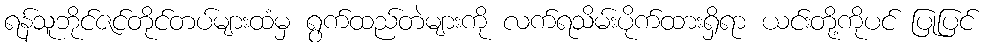
ရန်သူဘိုင်ဇင်တိုင်တပ်များထံမှ ရွက်ထည်တဲများကို လက်ရသိမ်းပိုက်ထားရှိရာ ယင်းတို့ကိုပင် ပြုပြင်